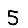
Digit: 5